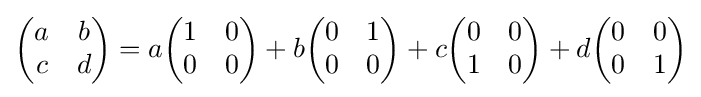
{\begin{pmatrix}a&b\\c&d\end{pmatrix}}=a{\begin{pmatrix}1&0\\0&0\end{pmatrix}}+b{\begin{pmatrix}0&1\\0&0\end{pmatrix}}+c{\begin{pmatrix}0&0\\1&0\end{pmatrix}}+d{\begin{pmatrix}0&0\\0&1\end{pmatrix}}